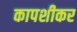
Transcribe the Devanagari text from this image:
कापशीकर